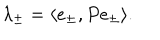
\lambda _ { \pm } = \langle e _ { \pm } , P e _ { \pm } \rangle .